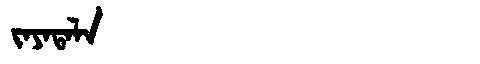
Manchu: ᠵᠠᠶᠠᡨᠠᠯᠠ
Romanization: JAYATALA